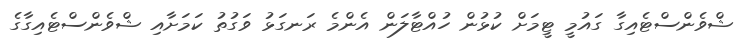
ޝްވެންސްޓެއިގާ ގައުމީ ޓީމަށް ކުޅުން ހުއްޓާލަން އެންމެ ރަނގަޅު ވަގުތު ކަމަށާއި ޝްވެންސްޓެއިގާގެ